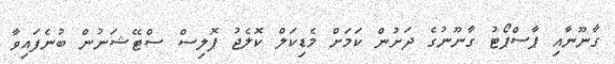
ގާނޫނާއި ޕާސްޕޯޓު ގާނޫނުގެ ދަށުން ކަމަށް މެޑިކަލް ކޮލެޖު ޕޮލިސް ސްޓޭޝަނުން ބުނެފައިވާ